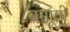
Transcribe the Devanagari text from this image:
बगाूतों